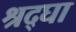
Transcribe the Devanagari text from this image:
श्रद्घा